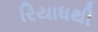
રિયાધથી